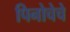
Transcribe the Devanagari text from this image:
पिनोचेचे